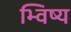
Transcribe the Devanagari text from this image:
भ्विष्य